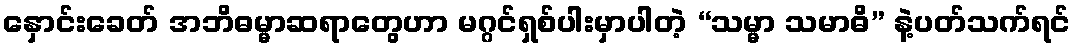
နှောင်းခေတ် အဘိဓမ္မာဆရာတွေဟာ မဂ္ဂင်ရှစ်ပါးမှာပါတဲ့ “သမ္မာ သမာဓိ” နဲ့ပတ်သက်ရင်